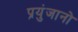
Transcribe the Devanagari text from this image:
प्रयुंजानो